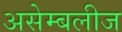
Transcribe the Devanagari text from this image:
असेम्बलीज